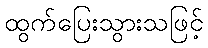
ထွက်ပြေးသွားသဖြင့်